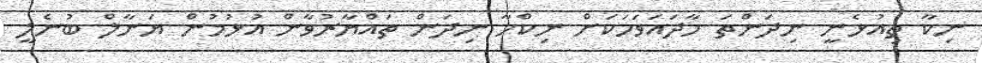
ނިކާ ތިއުޅެނީ ނިދަންތަ ހާދައަވަހަކަށް ނިކްހާ ނިދަން ތައްޔާރުވާން އުޅުމުން ޔަނާލް ބުނެލީ